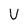
Character: U